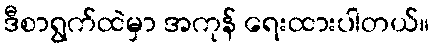
ဒီစာရွက်ထဲမှာ အကုန် ရေးထားပါတယ်။